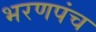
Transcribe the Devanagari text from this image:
भरणपंच